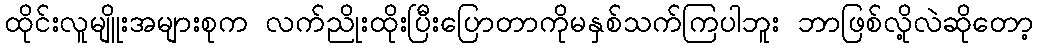
ထိုင်းလူမျိူးအများစုက လက်ညိုးထိုးပြီးပြောတာကိုမနှစ်သက်ကြပါဘူး ဘာဖြစ်လို့လဲဆိုတော့